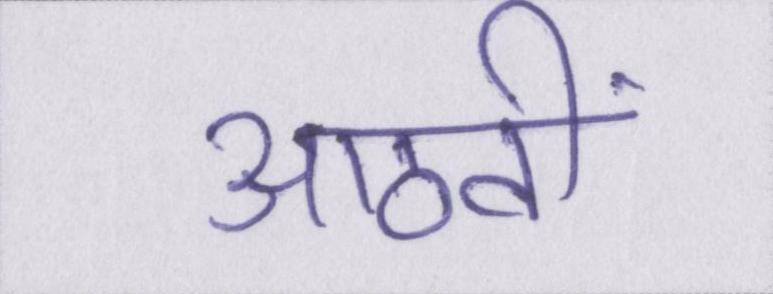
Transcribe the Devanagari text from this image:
आठवीं